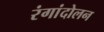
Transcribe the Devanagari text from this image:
रंगांदोलन